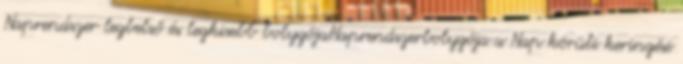
Naprendszer legbelső és legkisebb bolygójaNaprendszerbolygója a Nap körüli keringési